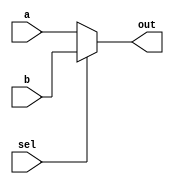
// 100-bit wide, 2-to-1 multiplexer
module top_module( 
    input [99:0] a, b,
    input sel,
    output [99:0] out );
    
    assign out = sel ? b : a;
  //assign out = (~{100{sel}} & a) | ({100{sel}} & b);
  //Synthesis of both the above statements lead to same schematic
	
endmodule